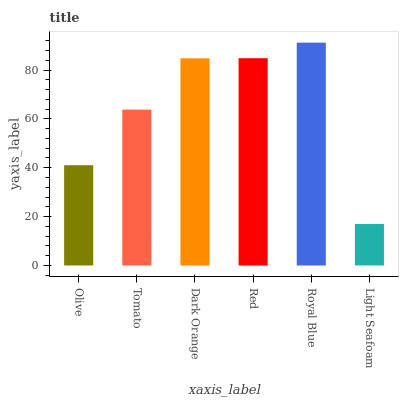
| xaxis_label | bars |
 | --- | --- |
 | Olive | 41 |
 | Tomato | 63.8 |
 | Dark Orange | 84.8 |
 | Red | 84.8 |
 | Royal Blue | 91.2 |
 | Light Seafoam | 17 |